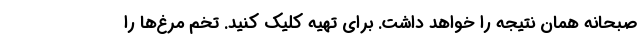
صبحانه همان نتیجه را خواهد داشت. برای تهیه کلیک کنید. تخم مرغ‌ها را